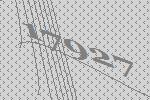
17927